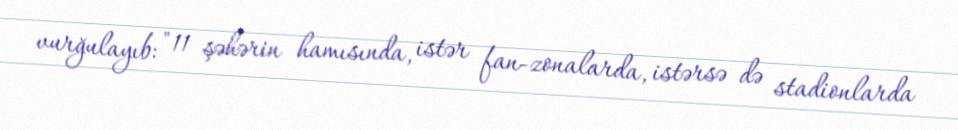
vurğulayıb: "11 şəhərin hamısında, istər fan-zonalarda, istərsə də stadionlarda